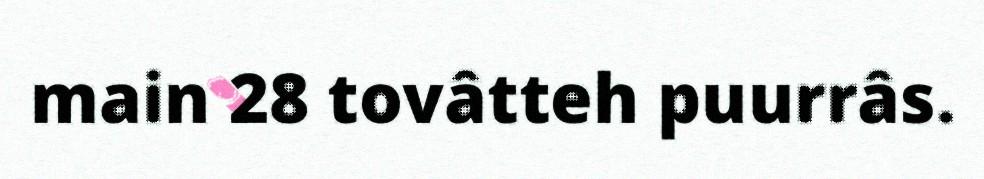
main 28 tovâtteh puurrâs.